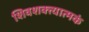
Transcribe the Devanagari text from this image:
शिवशक्त्यात्मकं